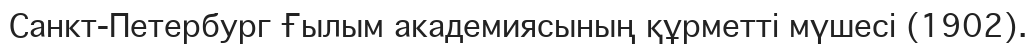
Санкт-Петербург Ғылым академиясының құрметті мүшесі (1902).